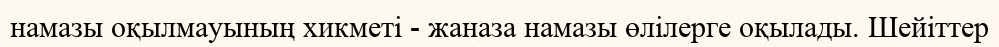
намазы оқылмауының хикметі - жаназа намазы өлілерге оқылады. Шейіттер